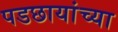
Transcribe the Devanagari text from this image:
पडछायांच्या